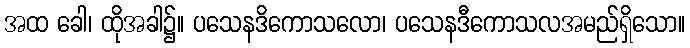
အထ ခေါ၊ ထိုအခါ၌။ ပသေနဒိကောသလော၊ ပသေနဒီကောသလအမည်ရှိသော။